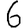
Digit: 6